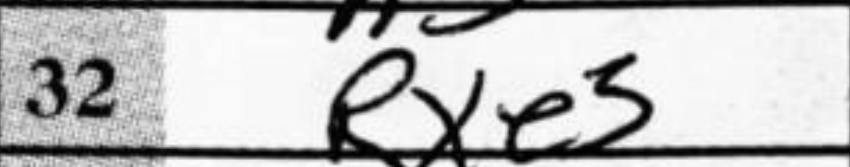
Transcription: Rxe5